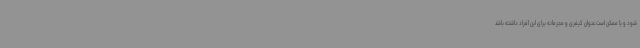
شود و یا ممکن است عنوان کیفری و مجرمانه برای این افراد داشته باشد